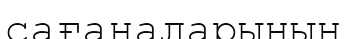
сағаналарының